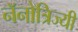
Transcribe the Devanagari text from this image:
नॅनोत्रिज्यी